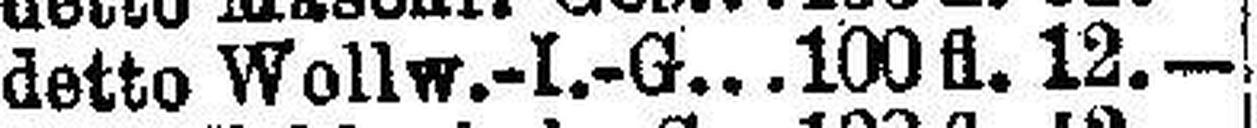
detto Wollw.-I.-G 100 fl. 12.—